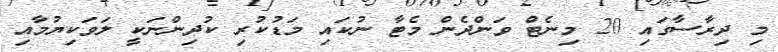
މި ދިރާސާގައި 20 މިނެޓް ވަންދެން މެޓާ ނުކައި މަޑުކުރި ކުދިންނަކީ ލަވަކިޔުމާއި